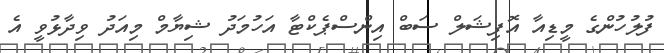
ފުލުހުންގެ މީޑިއާ އޮފިޝަލް ސަބް އިންސްޕެކްޓާ އަހުމަދު ޝިޔާމް މިއަދު ވިދާޅުވީ އެ